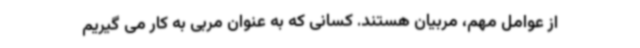
از عوامل مهم، مربیان هستند. کسانی که به عنوان مربی به کار می گیریم